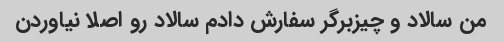
من سالاد و چیزبرگر سفارش دادم سالاد رو اصلا نیاوردن